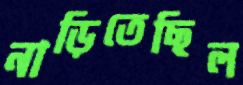
নাড়িতেছিল